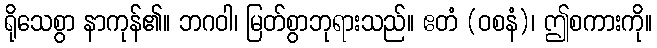
ရိုသေစွာ နာကုန်၏။ ဘဂဝါ၊ မြတ်စွာဘုရားသည်။ ဧတံ (ဝစနံ)၊ ဤစကားကို။